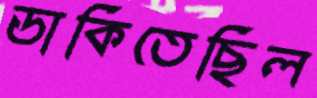
ডাকিতেছিল